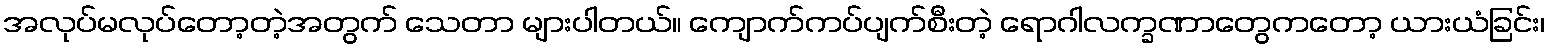
အလုပ်မလုပ်တော့တဲ့အတွက် သေတာ များပါတယ်။ ကျောက်ကပ်ပျက်စီးတဲ့ ရောဂါလက္ခဏာတွေကတော့ ယားယံခြင်း၊